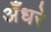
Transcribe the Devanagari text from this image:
अँधरे